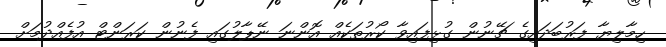
ހިމާލިޔާ ފަރުބަދައިގެ ޗޭނުން ގުޅިފައިވާ ކޯރުތަކެއް އޮންނަ ނޭޕާލުގައި ފެނުން ކަރަންޓް އުފެއްދުމަށް